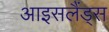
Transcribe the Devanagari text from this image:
आइसलैंड्स